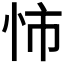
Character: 𢘥